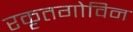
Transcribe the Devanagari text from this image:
रकृतगोविन